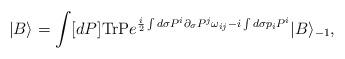
LaTeX: \begin{align*}|B\rangle =\int [dP]\mbox{TrP}e^{\frac{i}{2}\int d\sigma P^i\partial_\sigma P^j\omega_{ij}-i\int d\sigma p_iP^i}|B\rangle_{-1},\end{align*}